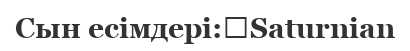
Сын есімдері:	Saturnian